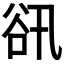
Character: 𧮬